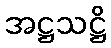
အဋ္ဌသဋ္ဌိ